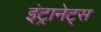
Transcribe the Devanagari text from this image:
इंट्रानेट्स